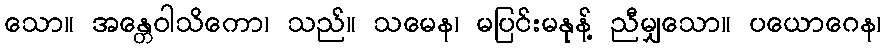
သော။ အန္တေဝါသိကော၊ သည်။ သမေန၊ မပြင်းမနုန့် ညီမျှသော။ ပယောဂေန၊